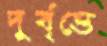
দুর্বৃত্তে